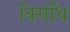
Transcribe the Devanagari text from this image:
विसंधि